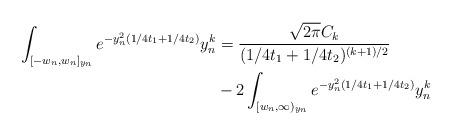
LaTeX: \begin{align*} \int_{[-w_n, w_n]_{y_n}}e^{-y_n^2(1/4t_1 + 1/4t_2)}y_n^k &= \frac{\sqrt{2\pi}C_k}{(1/4t_1 + 1/4t_2)^{(k + 1)/2}}\\ &- 2\int_{[w_n, \infty)_{y_n}}e^{-y_n^2(1/4t_1 + 1/4t_2)}y_n^k\end{align*}